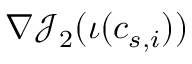
\nabla \mathcal { J } _ { 2 } ( \iota ( c _ { s , i } ) )